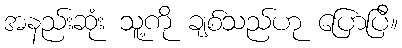
အနည်းဆုံး သူ့ကို ချစ်သည်ဟု ပြောပြီ။